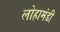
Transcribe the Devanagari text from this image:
लोहामंडी